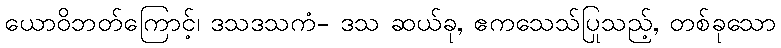
ယောဝိဘတ်ကြောင့်၊ ဒသဒသကံ- ဒသ ဆယ်ခု, ဧကသေသ်ပြုသည့်, တစ်ခုသော